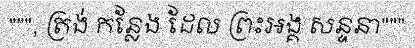
""", ត្រង់ កន្លែង ដែល ព្រះអង្គ សន្ទនា"""